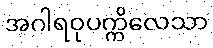
အဂါရဝုပက္ကိလေသာ